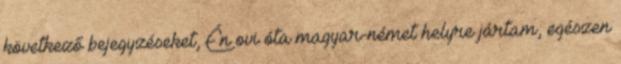
következő bejegyzéseket, Én ovi óta magyar-német helyre jártam, egészen